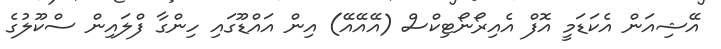
އޭޝިއަން އެކަޑަމީ އޮފް އެއިރޯނޯޓިކްސް (އޭއޭއޭ) އިން އައްޑޫގައި ހިންގާ ފްލައިން ސްކޫލުގެ